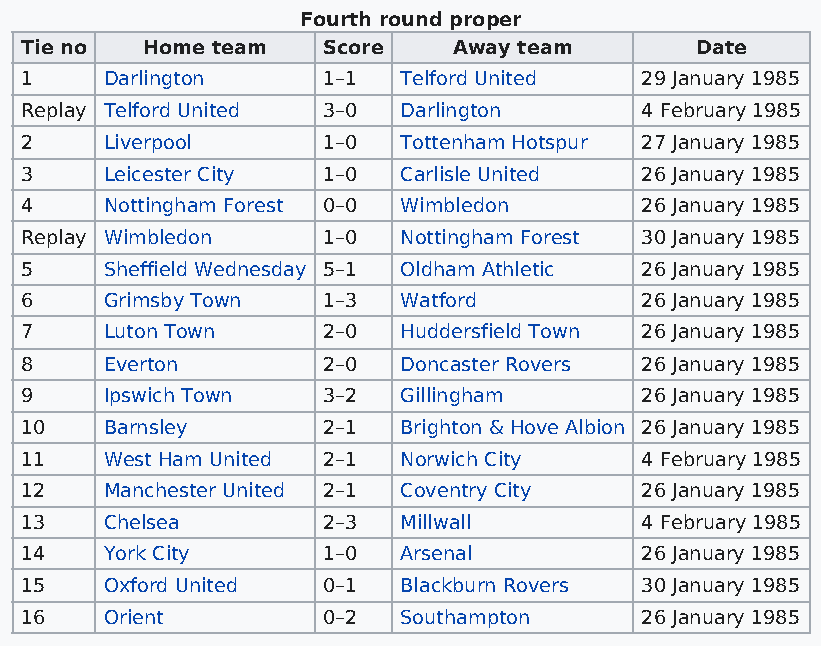
Fourth round proper
 Tie no  Home team   Score    Away team       Date
 1     Darlington    1–1  Telford United  29 January 1985
 Replay Telford United 3–0 Darlington     4 February 1985
 2     Liverpool     1–0  Tottenham Hotspur 27 January 1985
 3     Leicester City 1–0 Carlisle United 26 January 1985
 4     Nottingham Forest 0–0 Wimbledon    26 January 1985
 Replay Wimbledon    1–0  Nottingham Forest 30 January 1985
 5     Sheffield Wednesday 5–1 Oldham Athletic 26 January 1985
 6     Grimsby Town  1–3  Watford         26 January 1985
 7     Luton Town    2–0  Huddersfield Town 26 January 1985
 8     Everton       2–0  Doncaster Rovers 26 January 1985
 9     Ipswich Town  3–2  Gillingham      26 January 1985
 10    Barnsley      2–1  Brighton & Hove Albion 26 January 1985
 11    West Ham United 2–1 Norwich City   4 February 1985
 12    Manchester United 2–1 Coventry City 26 January 1985
 13    Chelsea       2–3  Millwall        4 February 1985
 14    York City     1–0  Arsenal         26 January 1985
 15    Oxford United 0–1  Blackburn Rovers 30 January 1985
 16    Orient        0–2  Southampton     26 January 1985